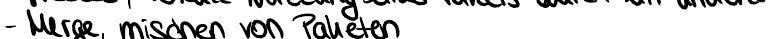
- Merge, mischen von Paketen